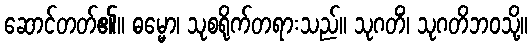
ဆောင်တတ်၏။ ဓမ္မော၊ သုစရိုက်တရားသည်။ သုဂတိံ၊ သုဂတိဘဝသို့။